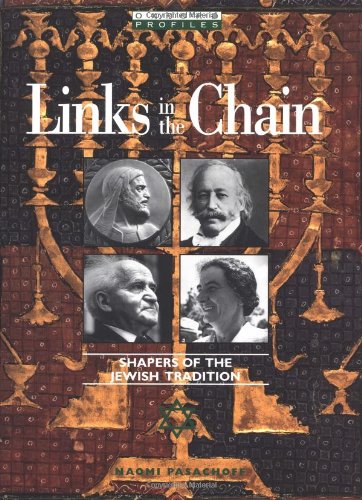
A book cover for Links in the Chain: Shapers of the Jewish Tradition (Oxford Profiles); Naomi Pasachoff; Teen & Young Adult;